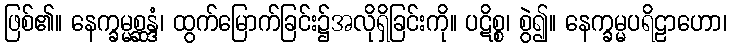
ဖြစ်၏။ နေက္ခမ္မစ္ဆန္ဒံ၊ ထွက်မြောက်ခြင်း၌အလိုရှိခြင်းကို။ ပဋိစ္စ၊ စွဲ၍။ နေက္ခမ္မပရိဠာဟော၊